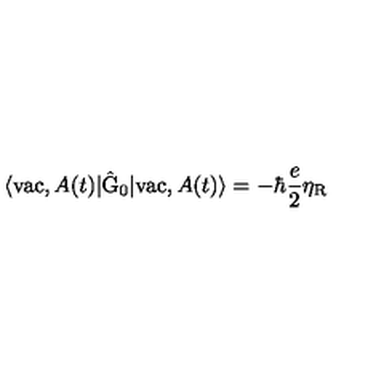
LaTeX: \langle \mathrm { v a c } , A ( t ) | \hat { \mathrm { G } } _ { 0 } | \mathrm { v a c } , A ( t ) \rangle = - \hbar \frac { e } { 2 } { \eta } _ { \mathrm { R } }